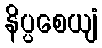
နိပ္ပစေယျံ